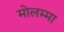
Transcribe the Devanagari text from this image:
मोलम्मा